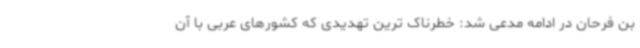
بن فرحان در ادامه مدعی شد: خطرناک ترین تهدیدی که کشورهای عربی با آن